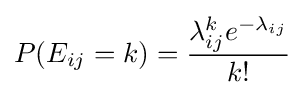
P(E_{ij}=k)={\frac {\lambda _{ij}^{k}e^{-\lambda _{ij}}}{k!}}